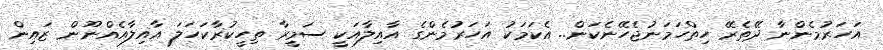
އަހަރުމެންނާ ދޭތެރޭ ހިތްހަމަނުޖެހޭނެކަން.. އެކަމަކު އަހަރުމެންގެ އާއިލާއަކީ ސަމީރާ ތިހީކުރާކަހަލަ އާއިލާއެއްނޫން ޒައިން